system: You are a helpful assistant.
user:
Analyze the provided spectrum to determine if it is a **S-type Star**.

- **Key Indicators for S-type Star:**

    - **(Overall Spectrum Shape):** The first and most obvious characteristic is the overall continuum (the "baseline" shape). It is **extremely "red-sloping,"** meaning the flux (light intensity) is very low on the left side (blue, ~4000-4500 Å) and rises steeply and continuously toward the right side (red, ~7000 Å+).

    - **(Primary):** The spectrum is defined by the presence of strong, broad molecular absorption "valleys" (bands) from **Zirconium Oxide (ZrO)**. The identification of these bands is the **primary requirement** for classifying a star as S-type.
        - **(Key Bandheads):** You must find distinct, deep "dips" where the light has been absorbed. The most critical band systems to locate are:
            - **~6474 Å** ($\gamma$-system): This is often the strongest and clearest ZrO feature, found in the red part of the spectrum.
            - **~5718 Å** & **~5551 Å** ($\beta$-system): A pair of prominent absorption features in the yellow-orange part of the spectrum.
            - **~4640 Å** ($\alpha$-system): A key absorption band system in the blue-green region of the spectrum.

    - **(Secondary Confirmation):** The classification is strengthened by finding additional absorption bands from other related heavy element oxides, which are expected to be present alongside ZrO.
        - **(Key Bandheads):**
            - **Yttrium Oxide (YO):** Look for absorption dips near **~4800 Å** and **~6100 Å**.
            - **Lanthanum Oxide (LaO):** Additional absorption features, particularly in the red-orange part of the spectrum, are also characteristic.

    - **(Line Profile):** The combination of the steep red continuum and these numerous, deep molecular bands (ZrO, YO, etc.) gives the entire spectrum a very **"chopped-up"** or **"bumpy"** appearance. Instead of a smooth curve, the spectrum looks as though large, wide chunks of light have been "carved out" of it at the specific wavelengths listed above.

Think first, call **spectral_visualization_tool** if needed to examine features in detail, then provide your final answer. Your response must adhere to the following strict rules:
1.  **Overall Structure:** Your response must follow the format `<think>...</think> <tool_call>...</tool_call> (if a tool is used) <answer>...</answer>`.
2.  **Tool Usage Constraint:** You may only make **one** tool call per turn.
3.  **Final Answer Format:** In the `<answer>` tag, your conclusion must be inside a `\boxed{}` command (e.g., `\boxed{YES}` or `\boxed{NO}`), followed by your justification.

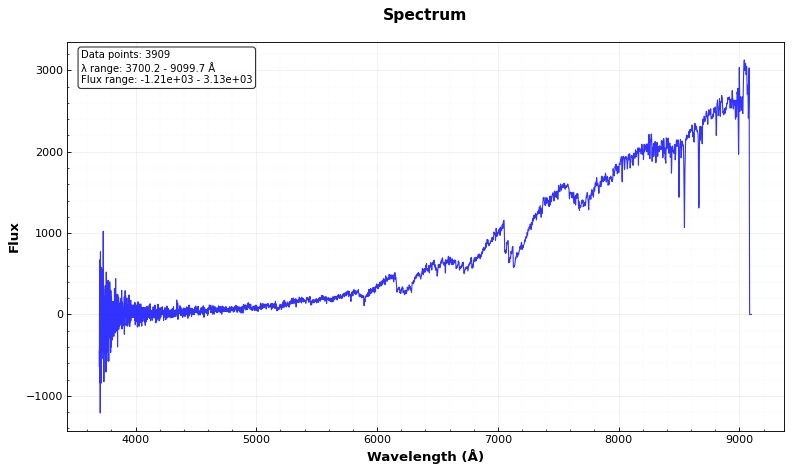
Answer: NO